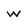
Character: w